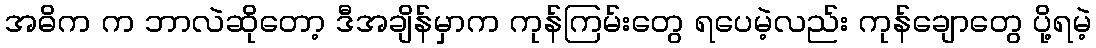
အဓိက က ဘာလဲဆိုတော့ ဒီအချိန်မှာက ကုန်ကြမ်းတွေ ရပေမဲ့လည်း ကုန်ချောတွေ ပို့ရမဲ့